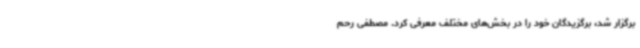
برگزار شد، برگزیدگان خود را در بخش‌های مختلف معرفی کرد. مصطفی رحم